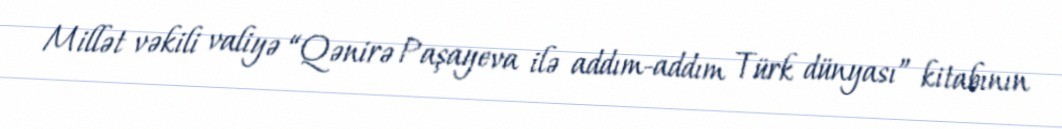
Millət vəkili valiyə “Qənirə Paşayeva ilə addım-addım Türk dünyası” kitabının